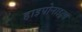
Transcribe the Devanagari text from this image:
हाइपोनाइट्रस